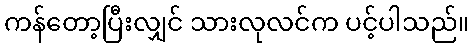
ကန်တော့ပြီးလျှင် သားလုလင်က ပင့်ပါသည်။